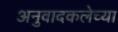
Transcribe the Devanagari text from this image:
अनुवादकलेच्या